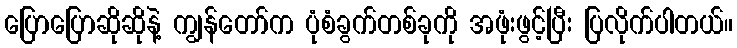
ပြောပြောဆိုဆိုနဲ့ ကျွန်တော်က ပုံစံခွက်တစ်ခုကို အဖုံးဖွင့်ပြီး ပြလိုက်ပါတယ်။